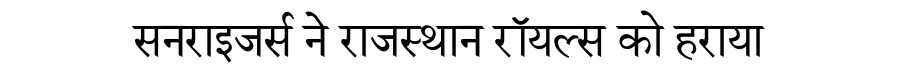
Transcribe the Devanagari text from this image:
सनराइजर्स ने राजस्थान रॉयल्स को हराया